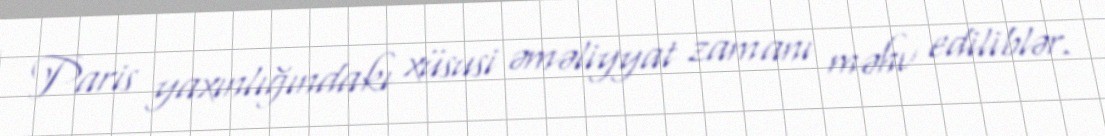
Paris yaxınlığındakı xüsusi əməliyyat zamanı məhv ediliblər.